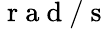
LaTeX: \mathrm{~r~a~d~}/\mathrm{~s~}